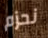
نحزم